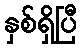
နှစ်ရှိပြီ